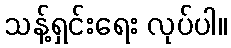
သန့်ရှင်းရေး လုပ်ပါ။